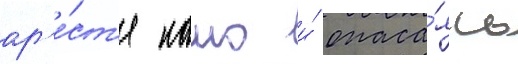
ар'е́ст'е камо и́ опаса́ясь